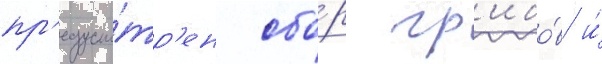
пр'едусмо́тр'ен сбо́р гр'ибо́в и́